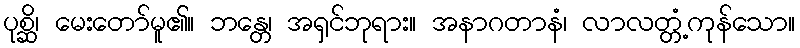
ပုစ္ဆိ၊ မေးတော်မူ၏။ ဘန္တေ၊ အရှင်ဘုရား။ အနာဂတာနံ၊ လာလတ္တံ့ကုန်သော။